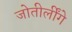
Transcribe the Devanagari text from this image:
जोतीर्लींगे